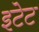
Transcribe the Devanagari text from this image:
इटेट